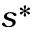
s ^ { * }